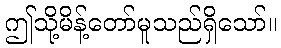
ဤသို့မိန့်တော်မူသည်ရှိသော်။